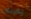
يطيرون